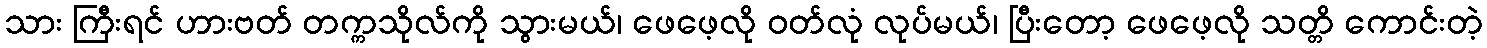
သား ကြီးရင် ဟားဗတ် တက္ကသိုလ်ကို သွားမယ်၊ ဖေဖေ့လို ဝတ်လုံ လုပ်မယ်၊ ပြီးတော့ ဖေဖေ့လို သတ္တိ ကောင်းတဲ့